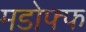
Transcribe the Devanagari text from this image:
मडोफ्फ